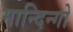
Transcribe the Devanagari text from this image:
मान्दिन्गो